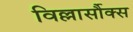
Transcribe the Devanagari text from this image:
विल्लार्सौक्स